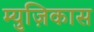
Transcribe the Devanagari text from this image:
म्युज़िकास